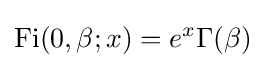
\operatorname {Fi} (0,\beta ;x)=e^{x}\Gamma (\beta )